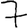
Digit: 7